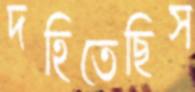
দহিতেছিস